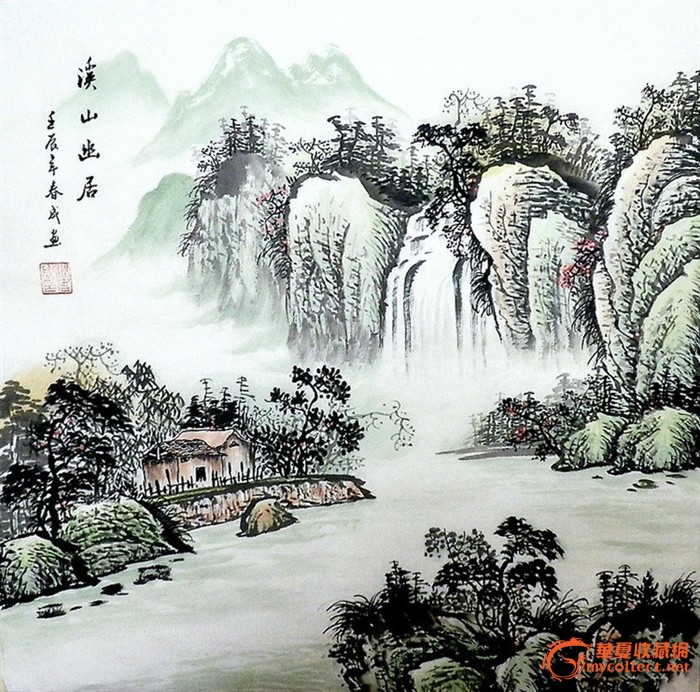
我见君来，顿觉吾庐，溪山美哉。